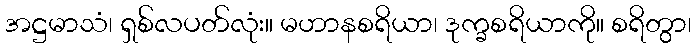
အဋ္ဌမာသံ၊ ရှစ်လပတ်လုံး။ မဟာနစရိယာ၊ ဒုက္ခစရိယာကို။ စရိတွာ၊